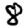
Digit: 8